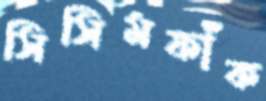
সিসিমফাঁক